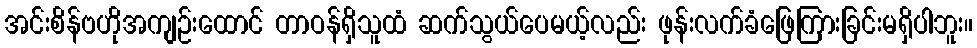
အင်းစိန်ဗဟိုအကျဉ်းထောင် တာဝန်ရှိသူထံ ဆက်သွယ်ပေမယ့်လည်း ဖုန်းလက်ခံဖြေကြားခြင်းမရှိပါဘူး။